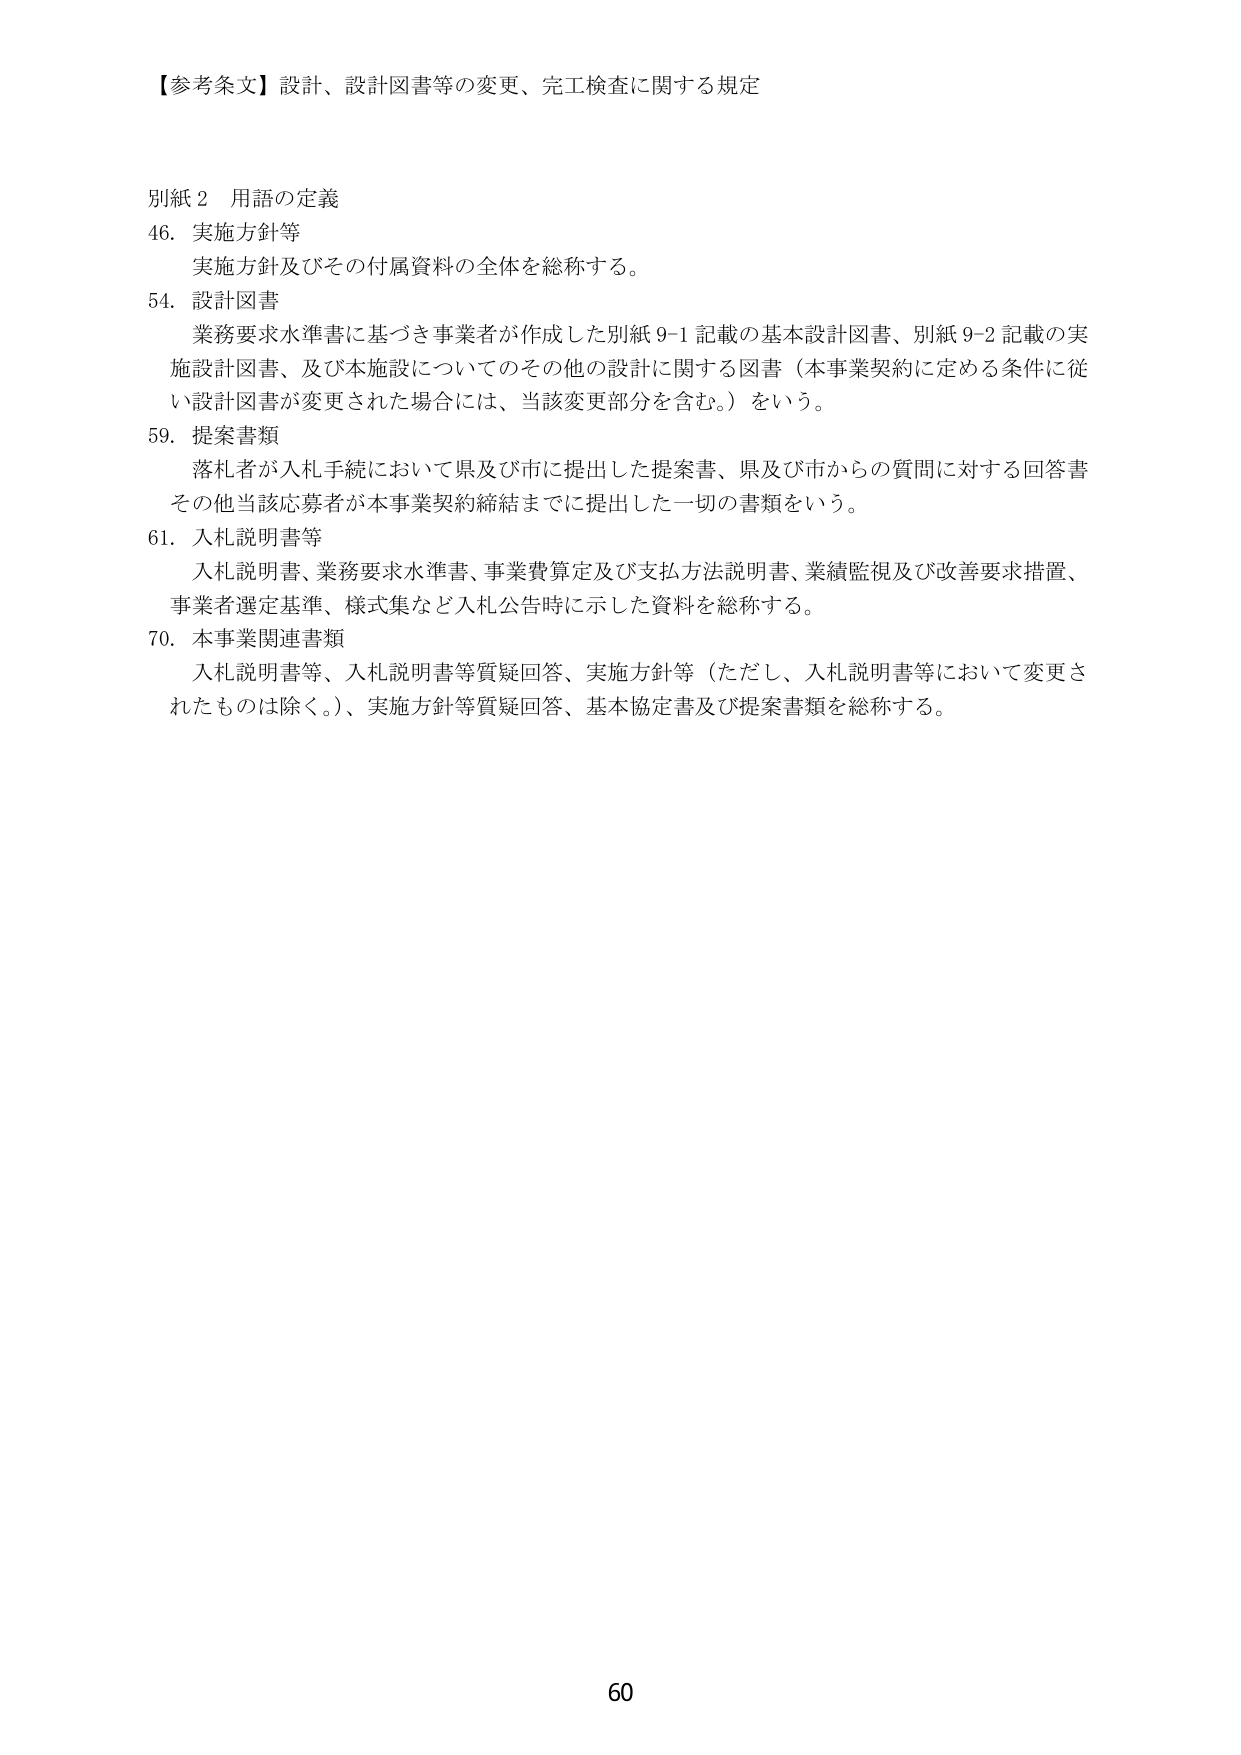
【参考条文】設計、設計図書等の変更、完工検査に関する規定

別紙2 用語の定義
46. 実施方針等
　実施方針及びその付属資料の全体を総称する。
54. 設計図書
　業務要求水準書に基づき事業者が作成した別紙9-1記載の基本設計図書、別紙9-2記載の実施設計図書、及び本施設についてのその他の設計に関する図書（本事業契約に定める条件に従い設計図書が変更された場合には、当該変更部分を含む。）をいう。
59. 提案書類
　落札者が入札手続において県及び市に提出した提案書、県及び市からの質問に対する回答書その他当該応募者が本事業契約締結までに提出した一切の書類をいう。
61. 入札説明書等
　入札説明書、業務要求水準書、事業費算定及び支払方法説明書、業績監視及び改善要求措置、事業者選定基準、様式集など入札公告時に示した資料を総称する。
70. 本事業関連書類
　入札説明書等、入札説明書等質疑回答、実施方針等（ただし、入札説明書等において変更されたものは除く。）、実施方針等質疑回答、基本協定書及び提案書類を総称する。

60